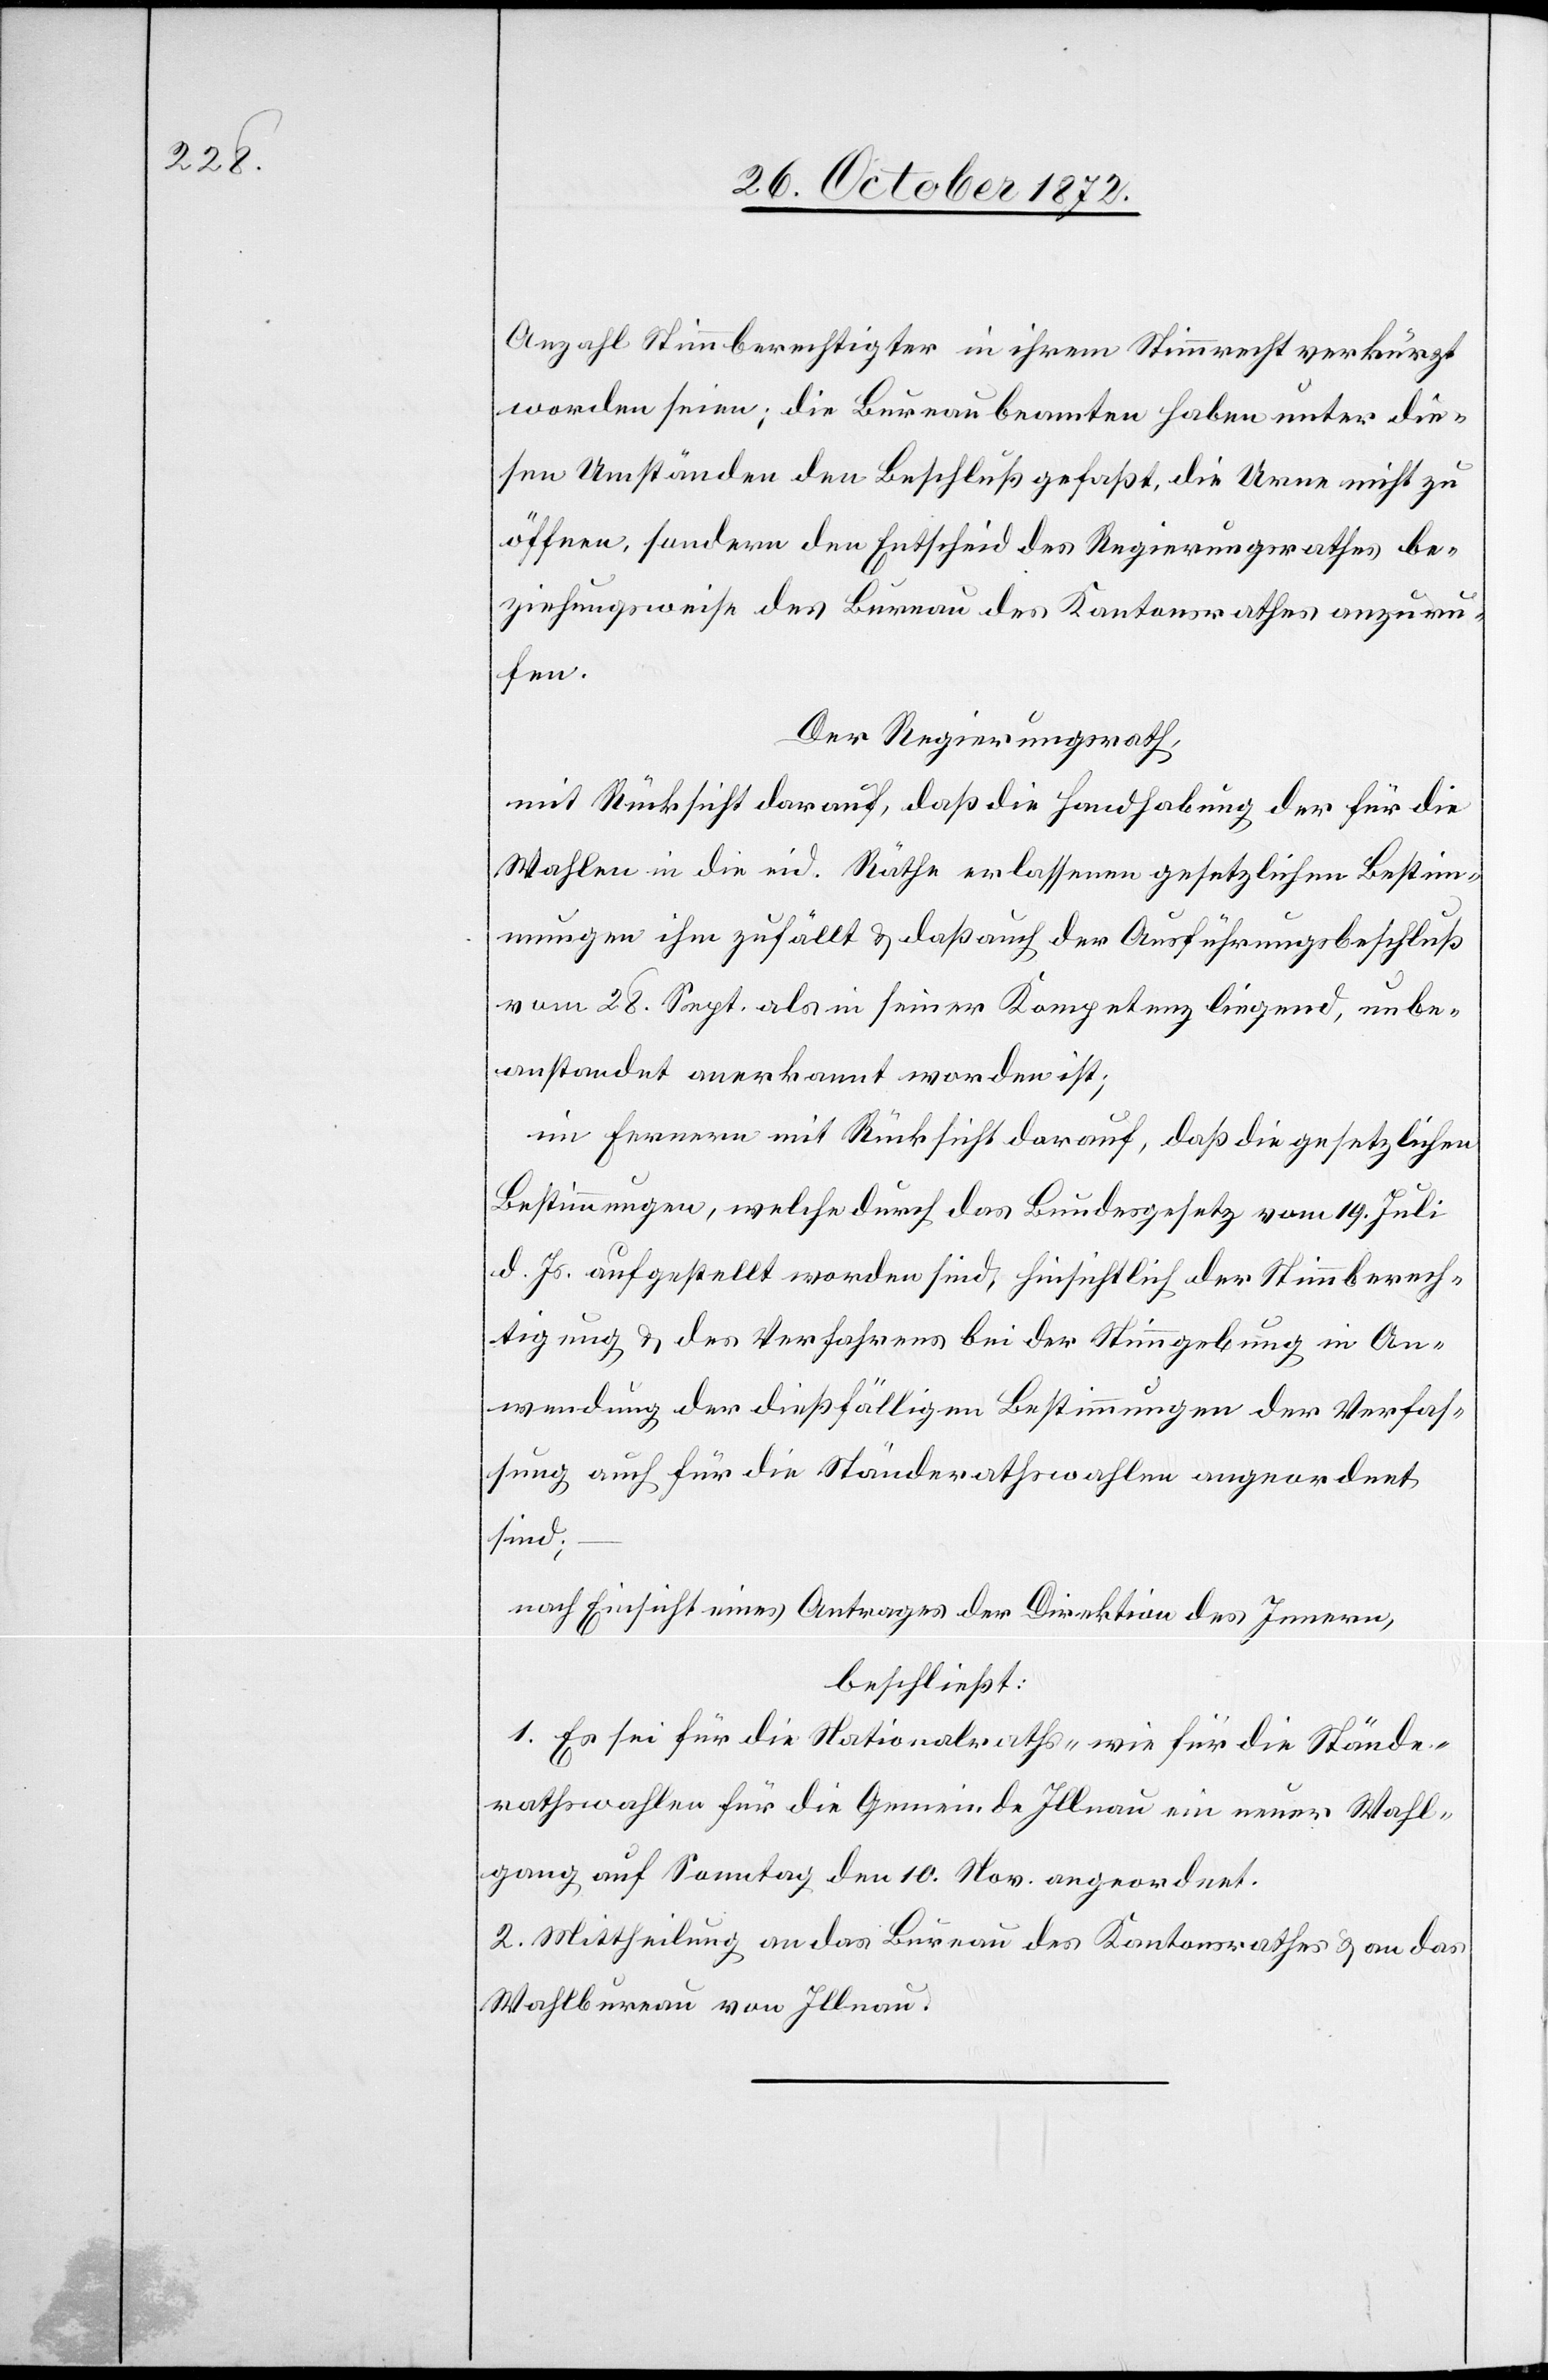
Anzahl Stimmberechtigter in ihrem Stimmrecht verkürzt
worden seien; die Bureaubeamten haben unter die¬
sen Umständen den Beschluß gefaßt, die Urne nicht zu
öffnen, sondern den Entscheid des Regierungsrathes be¬
ziehungsweise des Bureau des Kantonsrathes anzuru¬
fen.
Der Regierungsrath,
mit Rücksicht darauf, daß die Handhabung der für die
Wahlen in die eid. Räthe erlassenen gesetzlichen Bestim¬
mungen ihm zufällt u. daß auch der Ausführungsbeschluß
vom 28. Sept. als in seiner Kompetenz liegend, unbe¬
anstandet anerkannt worden ist;
im Fernern mit Rücksicht darauf, daß die gesetzlichen
Bestimmungen, welche durch das Bundesgesetz vom 19. Juli
d. Js. aufgestellt worden sind, hinsichtlich der Stimmberech¬
tigung u. des Verfahrens bei der Stimmgebung in An¬
wendung der dießfälligen Bestimmungen der Verfas¬
sung auch für die Ständerathswahlen angeordnet
sind;
nach Einsicht eines Antrages der Direktion des Innern,
beschließt:
1. Es sei für die Nationalraths- wie für die Stände¬
rathswahlen für die Gemeinde Illnau ein neuer Wahl¬
gang auf Sonntag den 10. Nov. angeordnet.
2. Mittheilung an das Bureau des Kantonsrathes u. an das
Wahlbureau von Illnau.